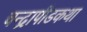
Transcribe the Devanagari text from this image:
चन्द्रापीडकथा